Lunatic asylums in Bengal annual reports 1912-1924 - 1912-1924
Year: 1912
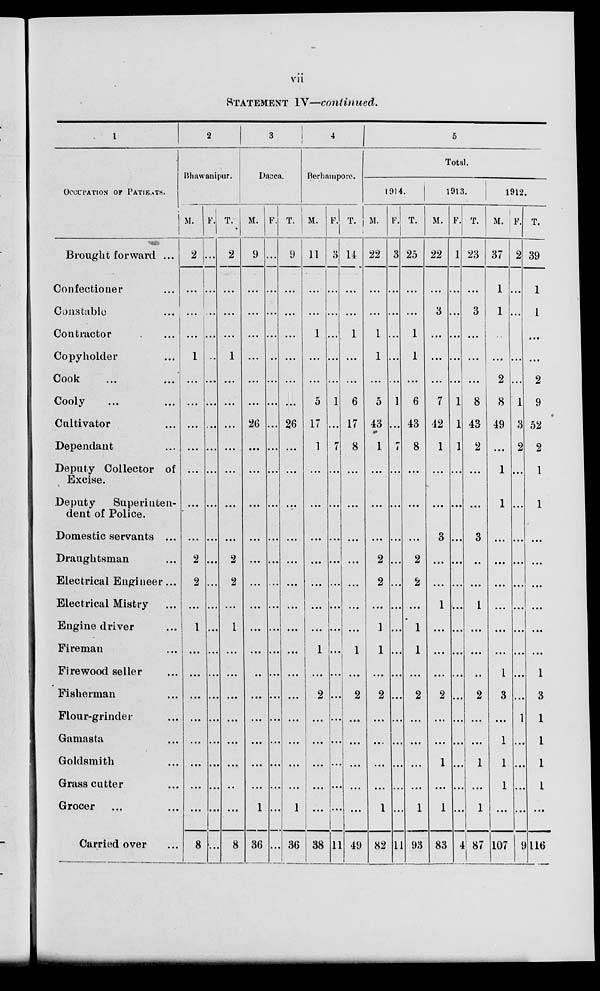
vii
STATEMENT IV—continued.
1
OCCUPATION OF PATIENTS.
Brought forward ...
Confectioner ...
Constable ...
Contractor ...
Copyholder ...
Cook ...
Cooly ... ...
Cultivator ...
Dependant ...
Deputy Collector of
Excise.
Deputy
Superinten-
dent of Police.
Domestic servants ...
Draughtsman ...
Electrical Engineer ...
Electrical Mistry ...
Engine driver ...
Fireman ...
Firewood seller ...
Fisherman ...
Flour-grinder ...
Gamasta ...
Goldsmith ...
Grass cutter ...
Grocer ...
Carried over ...
2
Bhawanipur.
M.
2
...
...
...
1
...
...
...
...
...
...
...
2
2
...
1
...
...
...
...
...
...
...
...
8
F.
...
...
...
...
...
...
...
...
...
...
...
...
...
...
...
...
...
...
...
...
...
...
...
...
...
T.
2
...
...
...
1
...
...
...
...
...
...
...
2
2
...
1
...
...
...
...
...
...
...
...
8
3
Dacca.
M.
9
...
...
...
...
...
...
26
...
...
...
...
...
...
...
...
...
...
...
...
...
...
...
1
36
F.
...
...
...
...
...
...
...
...
...
...
...
...
...
...
...
...
...
...
...
...
...
...
...
...
...
T.
9
...
...
...
...
...
...
26
...
...
...
...
...
...
...
...
...
...
...
...
...
...
...
1
36
4
Berhampore.
M.
11
...
...
1
...
...
5
17
1
...
...
...
...
...
...
...
1
...
2
...
...
...
...
...
38
F.
3
...
...
...
...
...
1
...
7
...
...
...
...
...
...
...
...
...
...
...
...
...
...
...
11
T.
14
...
...
1
...
...
6
17
8
...
...
...
...
...
...
...
1
...
2
...
...
...
...
...
49
5
Total.
1914.
M.
22
...
...
1
1
...
5
43
1
...
...
...
2
2
...
1
1
...
2
...
...
...
...
1
82
F.
...
...
...
...
...
1
...
7
...
...
...
...
...
...
...
...
...
...
...
...
...
...
...
11
T.
25
...
...
1
1
...
6
43
8
...
...
...
2
2
...
1
1
...
2
...
...
...
...
1
93
1913.
M.
22
...
3
...
...
...
7
42
1
...
...
3
...
...
1
...
...
...
2
...
...
1
...
1
83
F.
1
...
...
...
...
...
1
1
1
...
...
...
...
...
...
...
...
...
...
...
...
...
...
...
4
T.
23
...
3
...
...
...
8
43
2
...
...
3
...
...
1
...
...
...
2
...
...
1
...
1
87
1912.
M.
37
1
1
...
...
2
8
49
...
1
1
...
...
...
...
...
...
1
3
...
1
1
1
...
107
F. T.
2 39
...
...
...
...
...
1
3
2
...
...
...
...
...
...
...
...
...
...
1
...
...
...
...
9
1
1
...
...
2
9
52
2
1
1
...
...
...
...
...
...
1
3
1
1
1
1
...
116